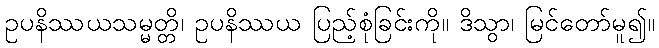
ဥပနိဿယသမ္မတ္တိ၊ ဥပနိဿယ ပြည့်စုံခြင်းကို။ ဒိသွာ၊ မြင်တော်မူ၍။